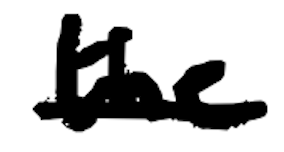
Text: the
Cross-out: single-line
Writing tool: digital_black